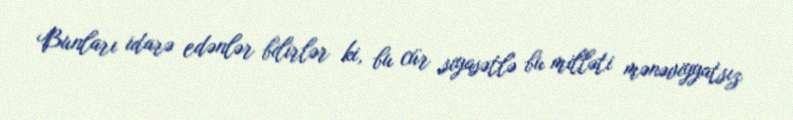
Bunları idarə edənlər bilirlər ki, bu cür siyasətlə bu milləti mənəviyyatsız